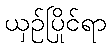
ယှဉ်ပြိုင်ရာ